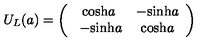
U _ { L } ( a ) = \left( \begin{array} { c c } { \mathrm { c o s h } a } & { - \mathrm { s i n h } a } \\ { \ - \mathrm { s i n h } a } & { \mathrm { c o s h } a } \\ \end{array} \right)